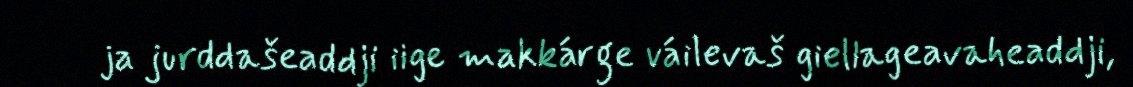
ja jurddašeaddji iige makkárge váilevaš giellageavaheaddji,